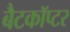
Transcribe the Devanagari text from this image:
बैटकाॅप्टर